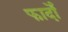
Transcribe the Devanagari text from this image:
फार्दों